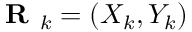
\textbf { R } _ { k } = ( X _ { k } , Y _ { k } )